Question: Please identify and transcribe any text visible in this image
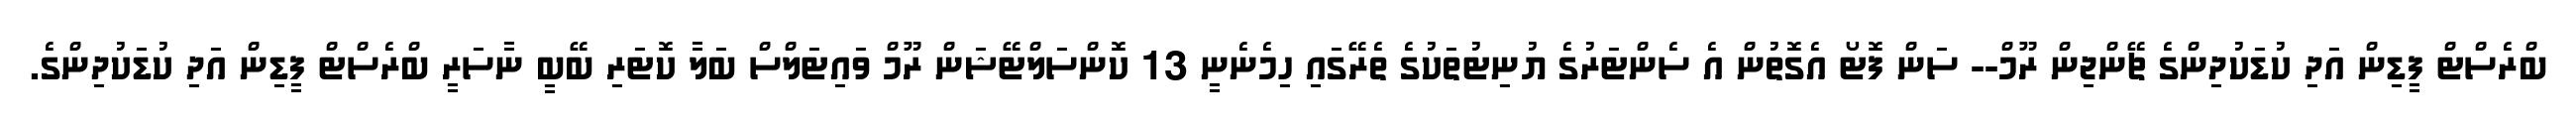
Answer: ބްރެސްޓް ފީޑިން އަދި ކުޑަކުދިންގެ ޗޭންޖިން ރޫމް-- ސަން ފޮޓޯ އެގޮތުން އެ ސެންޓަރުގެ ޔުނިޓުތަކުގެ ތެރޭގައި ހިމެނެނީ 13 ކޮންސަލްޓޭޝަން ރޫމް ވައިޓަލްސް ބަލާ ކޮޓަރި ބޭބީ ނާސަރީ ބްރެސްޓް ފީޑިން އަދި ކުޑަކުދިންގެ.